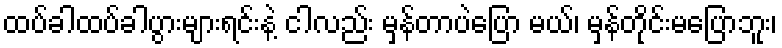
ထပ်ခါထပ်ခါပွားများရင်းနဲ့ ငါလည်း မှန်တာပဲပြော မယ်၊ မှန်တိုင်းမပြောဘူး၊